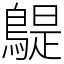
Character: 𪂿